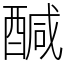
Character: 醎